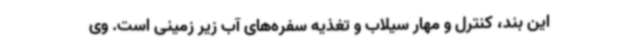
این بند، کنترل و مهار سیلاب و تغذیه سفره‌های آب زیر زمینی است. وی